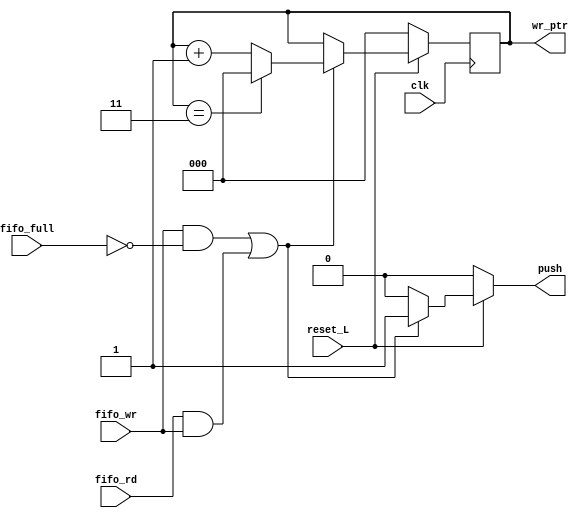
module write_logic 
#(
    parameter MEM_SIZE = 4,     //Tamano de memoria (Cantidad de entradas)
    parameter WORD_SIZE = 6,    //Cantidad de bits
    parameter PTR_L = 3         //Longitud de bits para el puntero
)
(
    input fifo_wr,
    input fifo_rd, // Se utiliza como senal de control
    input fifo_full,
    input clk,
    input reset_L,
    output reg [PTR_L-1:0] wr_ptr,
    output reg push
);

//Control de la senal push, a partir de la senal de fifo_wr y fifo_full
always @(*) begin
    if (reset_L) begin
        if ((fifo_wr && !fifo_full) || (fifo_rd && fifo_wr)) begin
            push = 1;
        end
        else begin 
            push = 0; //Caso en que esta lleno el fifo y se intenta escribir
        end
    end
    else begin
        push = 0; //Valor inicial
    end
end

//Control del puntero de escritura, a partir de la senal fifo_wr y fifo_full
always @(posedge clk) begin
    if (!reset_L) begin
        wr_ptr <= 0; //Valor inicial
    end 
    else begin
        if ((fifo_wr && !fifo_full) || (fifo_rd && fifo_wr)) begin
            wr_ptr <= wr_ptr + 1;
            if (wr_ptr == MEM_SIZE-1) begin //Control reinicio del puntero al menor valor
                wr_ptr <= 0;
            end
        end
    end
end



endmodule